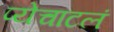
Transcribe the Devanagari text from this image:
प्येचाटलं